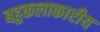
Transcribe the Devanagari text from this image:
बहुकलाकारीय